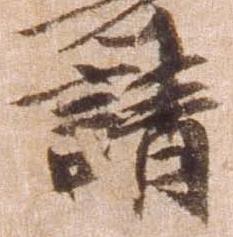
請